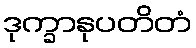
ဒုက္ခာနုပတိတံ